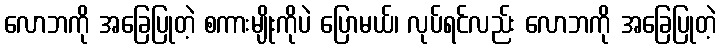
လောဘကို အခြေပြုတဲ့ စကားမျိုးကိုပဲ ပြောမယ်၊ လုပ်ရင်လည်း လောဘကို အခြေပြုတဲ့